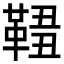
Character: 𩋓